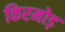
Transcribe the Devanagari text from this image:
किरमोड़